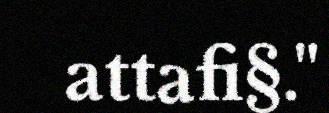
attafi§."